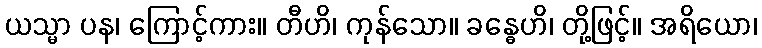
ယသ္မာ ပန၊ ကြောင့်ကား။ တီဟိ၊ ကုန်သော။ ခန္ဓေဟိ၊ တို့ဖြင့်။ အရိယော၊